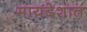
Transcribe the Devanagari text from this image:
मायदेशात